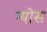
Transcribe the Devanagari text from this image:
न्योस